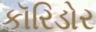
કૉરિડોર